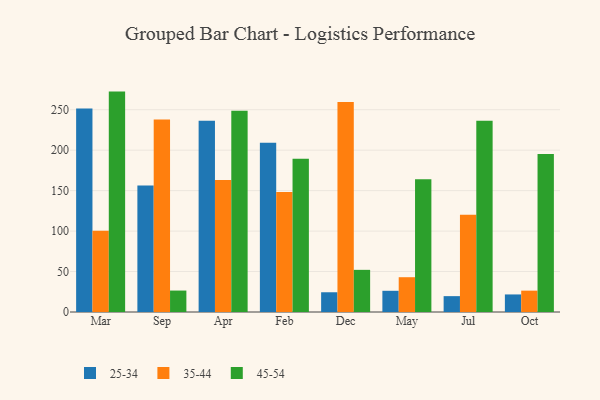
{"axis": {"x": "Month", "y": "Revenue (USD Million)"}, "legend": ["25-34", "35-44", "45-54"], "data": [{"x": "Mar", "y": 251.4, "type": "25-34"}, {"x": "Mar", "y": 100.5, "type": "35-44"}, {"x": "Mar", "y": 272.4, "type": "45-54"}, {"x": "Sep", "y": 156.4, "type": "25-34"}, {"x": "Sep", "y": 238.0, "type": "35-44"}, {"x": "Sep", "y": 26.5, "type": "45-54"}, {"x": "Apr", "y": 236.4, "type": "25-34"}, {"x": "Apr", "y": 163.1, "type": "35-44"}, {"x": "Apr", "y": 248.7, "type": "45-54"}, {"x": "Feb", "y": 209.1, "type": "25-34"}, {"x": "Feb", "y": 148.2, "type": "35-44"}, {"x": "Feb", "y": 189.5, "type": "45-54"}, {"x": "Dec", "y": 24.4, "type": "25-34"}, {"x": "Dec", "y": 259.4, "type": "35-44"}, {"x": "Dec", "y": 52.1, "type": "45-54"}, {"x": "May", "y": 26.2, "type": "25-34"}, {"x": "May", "y": 43.0, "type": "35-44"}, {"x": "May", "y": 164.2, "type": "45-54"}, {"x": "Jul", "y": 19.6, "type": "25-34"}, {"x": "Jul", "y": 120.2, "type": "35-44"}, {"x": "Jul", "y": 236.4, "type": "45-54"}, {"x": "Oct", "y": 21.7, "type": "25-34"}, {"x": "Oct", "y": 26.4, "type": "35-44"}, {"x": "Oct", "y": 195.4, "type": "45-54"}]}